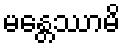
မန္တေဿာမိ